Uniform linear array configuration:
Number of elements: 16
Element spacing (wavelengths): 0.25
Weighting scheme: exponential
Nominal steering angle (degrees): -30
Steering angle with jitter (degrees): -29.448
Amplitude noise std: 0.05
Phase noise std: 0.05

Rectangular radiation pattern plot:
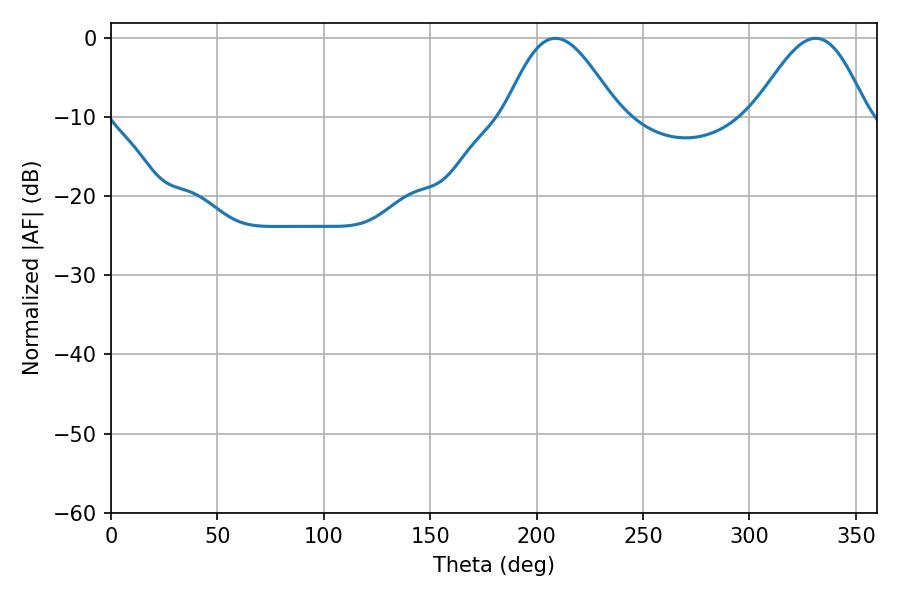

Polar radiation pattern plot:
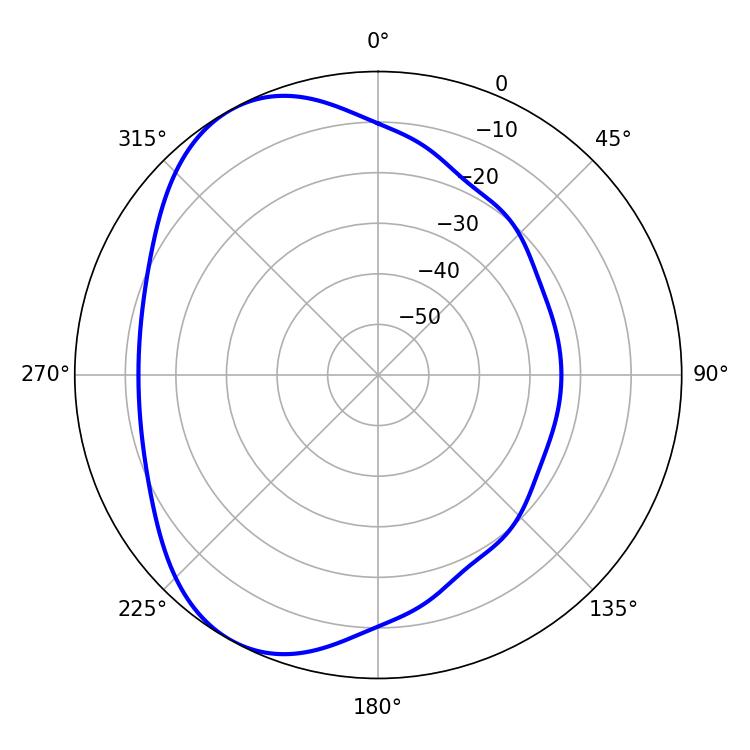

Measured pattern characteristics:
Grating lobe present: FALSE
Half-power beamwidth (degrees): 28.44
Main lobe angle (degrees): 208.8